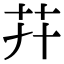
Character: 𦬠